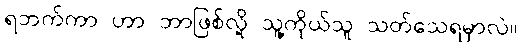
ရဘက်ကာ ဟာ ဘာဖြစ်လို့ သူ့ကိုယ်သူ သတ်သေရမှာလဲ။